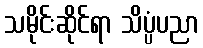
သမိုင်းဆိုင်ရာ သိပ္ပံပညာ